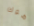
هوك